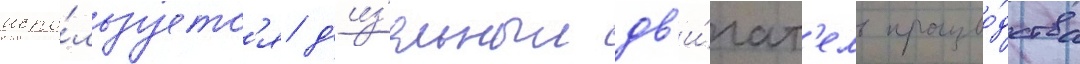
испо́льзуетс'я д'из'ельныи дв'и́гат'ель произво́дства